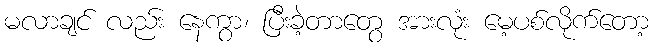
မလာချင် လည်း နေကွာ၊ ပြီးခဲ့တာတွေ အားလုံး မေ့ပစ်လိုက်တော့